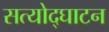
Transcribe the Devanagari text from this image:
सत्योद्घाटन